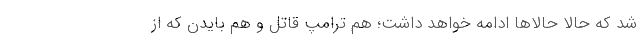
شد که حالا حالاها ادامه خواهد داشت؛ هم ترامپ قاتل و هم بایدن که از